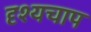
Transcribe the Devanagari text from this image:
दृश्यचाप